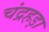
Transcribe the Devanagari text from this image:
चंद्रहड़ा